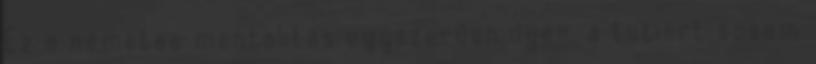
Ez a németes mentalitás egyszerűen ilyen, a tutiért sosem